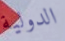
الدولية